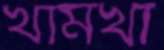
খামখা